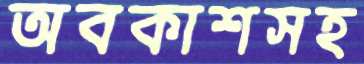
অবকাশসহ